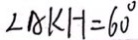
\angle A K H = 6 0 ^ { \circ }